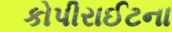
કોપીરાઈટના